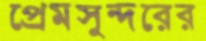
প্রেমসুন্দরের